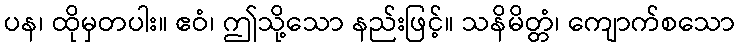
ပန၊ ထိုမှတပါး။ ဧဝံ၊ ဤသို့သော နည်းဖြင့်။ သနိမိတ္တံ၊ ကျောက်စသော